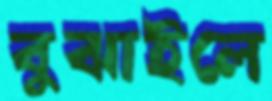
বুঝাইলে